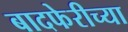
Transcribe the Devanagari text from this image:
बादफेरीच्या